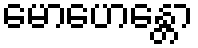
မောဟေန္တော